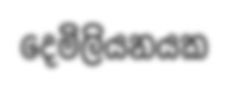
දෙමිලියනයක